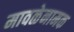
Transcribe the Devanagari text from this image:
मावळेनामक